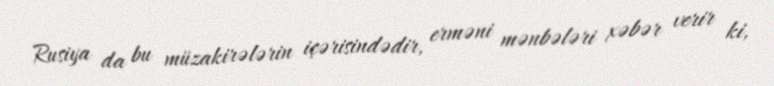
Rusiya da bu müzakirələrin içərisindədir, erməni mənbələri xəbər verir ki,